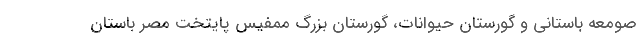
صومعه باستانی و گورستان حیوانات، گورستان بزرگ ممفیس پایتخت مصر باستان